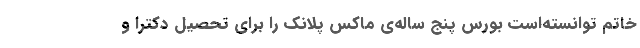
خاتم توانسته‌است بورس پنج ساله‌ی ماکس پلانک را برای تحصیل دکترا و